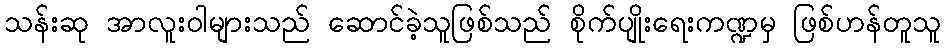
သန်းဆု အာလူးဝါများသည် ဆောင်ခဲ့သူဖြစ်သည် စိုက်ပျိုးရေးကဏ္ဍမှ ဖြစ်ဟန်တူသူ